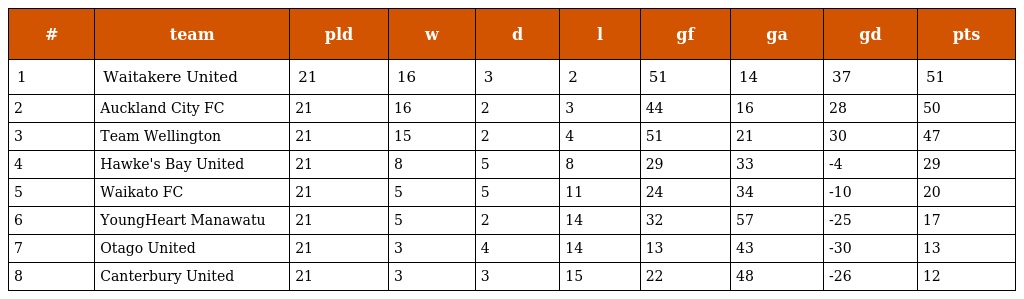
| # | team | pld | w | d | l | gf | ga | gd | pts |
 | --- | --- | --- | --- | --- | --- | --- | --- | --- | --- |
 | 1 | Waitakere United | 21 | 16 | 3 | 2 | 51 | 14 | 37 | 51 |
 | 2 | Auckland City FC | 21 | 16 | 2 | 3 | 44 | 16 | 28 | 50 |
 | 3 | Team Wellington | 21 | 15 | 2 | 4 | 51 | 21 | 30 | 47 |
 | 4 | Hawke's Bay United | 21 | 8 | 5 | 8 | 29 | 33 | -4 | 29 |
 | 5 | Waikato FC | 21 | 5 | 5 | 11 | 24 | 34 | -10 | 20 |
 | 6 | YoungHeart Manawatu | 21 | 5 | 2 | 14 | 32 | 57 | -25 | 17 |
 | 7 | Otago United | 21 | 3 | 4 | 14 | 13 | 43 | -30 | 13 |
 | 8 | Canterbury United | 21 | 3 | 3 | 15 | 22 | 48 | -26 | 12 |